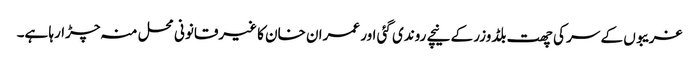
غریبوں کے سر کی چھت بلڈوزر کے نیچے روندی گئی اور عمران خان کا غیرقانونی محل منہ چڑارہا ہے۔